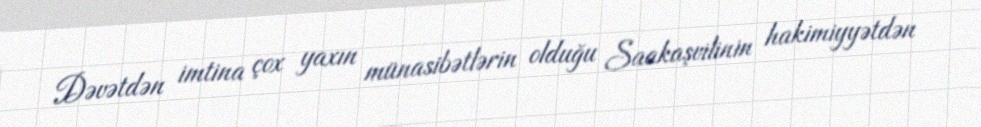
Dəvətdən imtina çox yaxın münasibətlərin olduğu Saakaşvilinin hakimiyyətdən